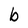
Character: b